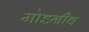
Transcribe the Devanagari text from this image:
मोइनीब